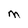
Character: M